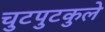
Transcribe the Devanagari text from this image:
चुटपुटकुले